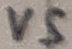
Text: VS